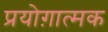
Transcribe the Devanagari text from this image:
प्रयोग़ात्मक